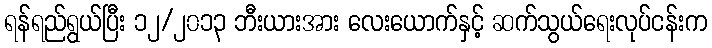
ရန်ရည်ရွယ်ပြီး ၁၂/၂၀၁၃ ဘီးယားအား လေးယောက်နှင့် ဆက်သွယ်ရေးလုပ်ငန်းက